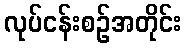
လုပ်ငန်းစဉ်အတိုင်း